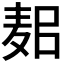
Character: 𪌛